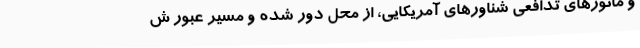
و مانورهای تدافعی شناورهای آمریکایی، از محل دور شده و مسیر عبور ش